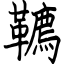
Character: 韀